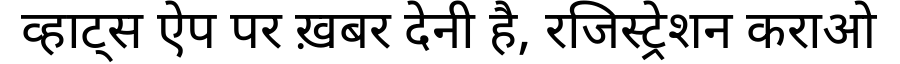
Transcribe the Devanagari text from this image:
व्हाट्स ऐप पर ख़बर देनी है, रजिस्ट्रेशन कराओ